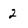
Character: 2